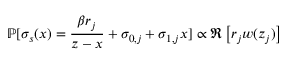
\mathbb { P } [ \sigma _ { s } ( x ) = \frac { \beta r _ { j } } { z - x } + \sigma _ { 0 , j } + \sigma _ { 1 , j } x ] \propto \Re \left[ r _ { j } w ( z _ { j } ) \right]